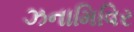
ઝનામિવિર